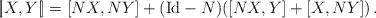
LaTeX: \begin{align*}[\!|X,Y|\!]=[NX,NY]+(\mathrm{Id}-N)([NX,Y]+[X,NY])\,.\end{align*}